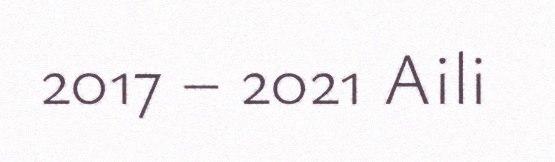
2017 – 2021 Aili